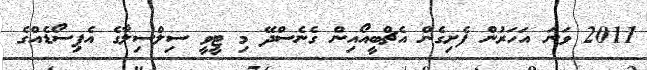
2011 ވަނަ އަހަރުން ފެށިގެން އެޗްބީއޯއިން ގެނެސްދޭ މި ޓީވީ ސިލްސިލާގެ އެޕިސޯޑެއްގެ